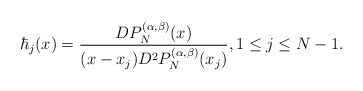
\begin{align*}\hbar_{j}(x)=\frac{DP^{(\alpha,\beta)}_{N}(x)}{(x-x_j)D^2P^{(\alpha,\beta)}_{N}(x_j)},1\leq j\leq N-1.\end{align*}